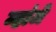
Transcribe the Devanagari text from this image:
म्हांजे